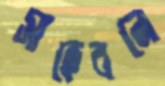
সাহেবনে